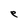
Character: e